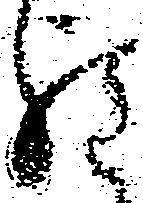
程